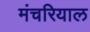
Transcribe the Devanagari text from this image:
मंचरियाल